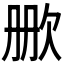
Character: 𬅡